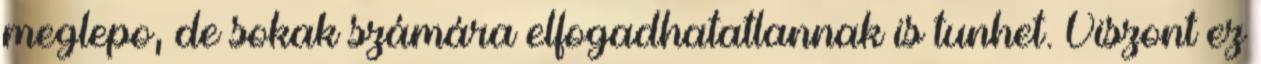
meglepo, de sokak számára elfogadhatatlannak is tunhet. Viszont ez